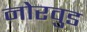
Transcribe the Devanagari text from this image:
नोरवुड